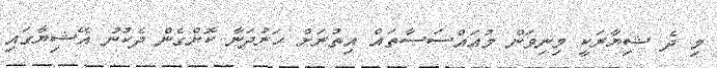
މި ދެ ޝިޔާރަކީ މިނިވަން މުއައްސަސާތައް އިތުރަށް ހަރުދަނާ ކޮށްގެން ދެކުނު އޭޝިޔާގައި